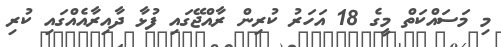
މި މަސައްކަތް މީގެ 18 އަހަރު ކުރިން ރާއްޖޭގައި ފުޅާ ދާއިރާއެއްގައި ކުރި